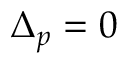
\Delta _ { p } = 0